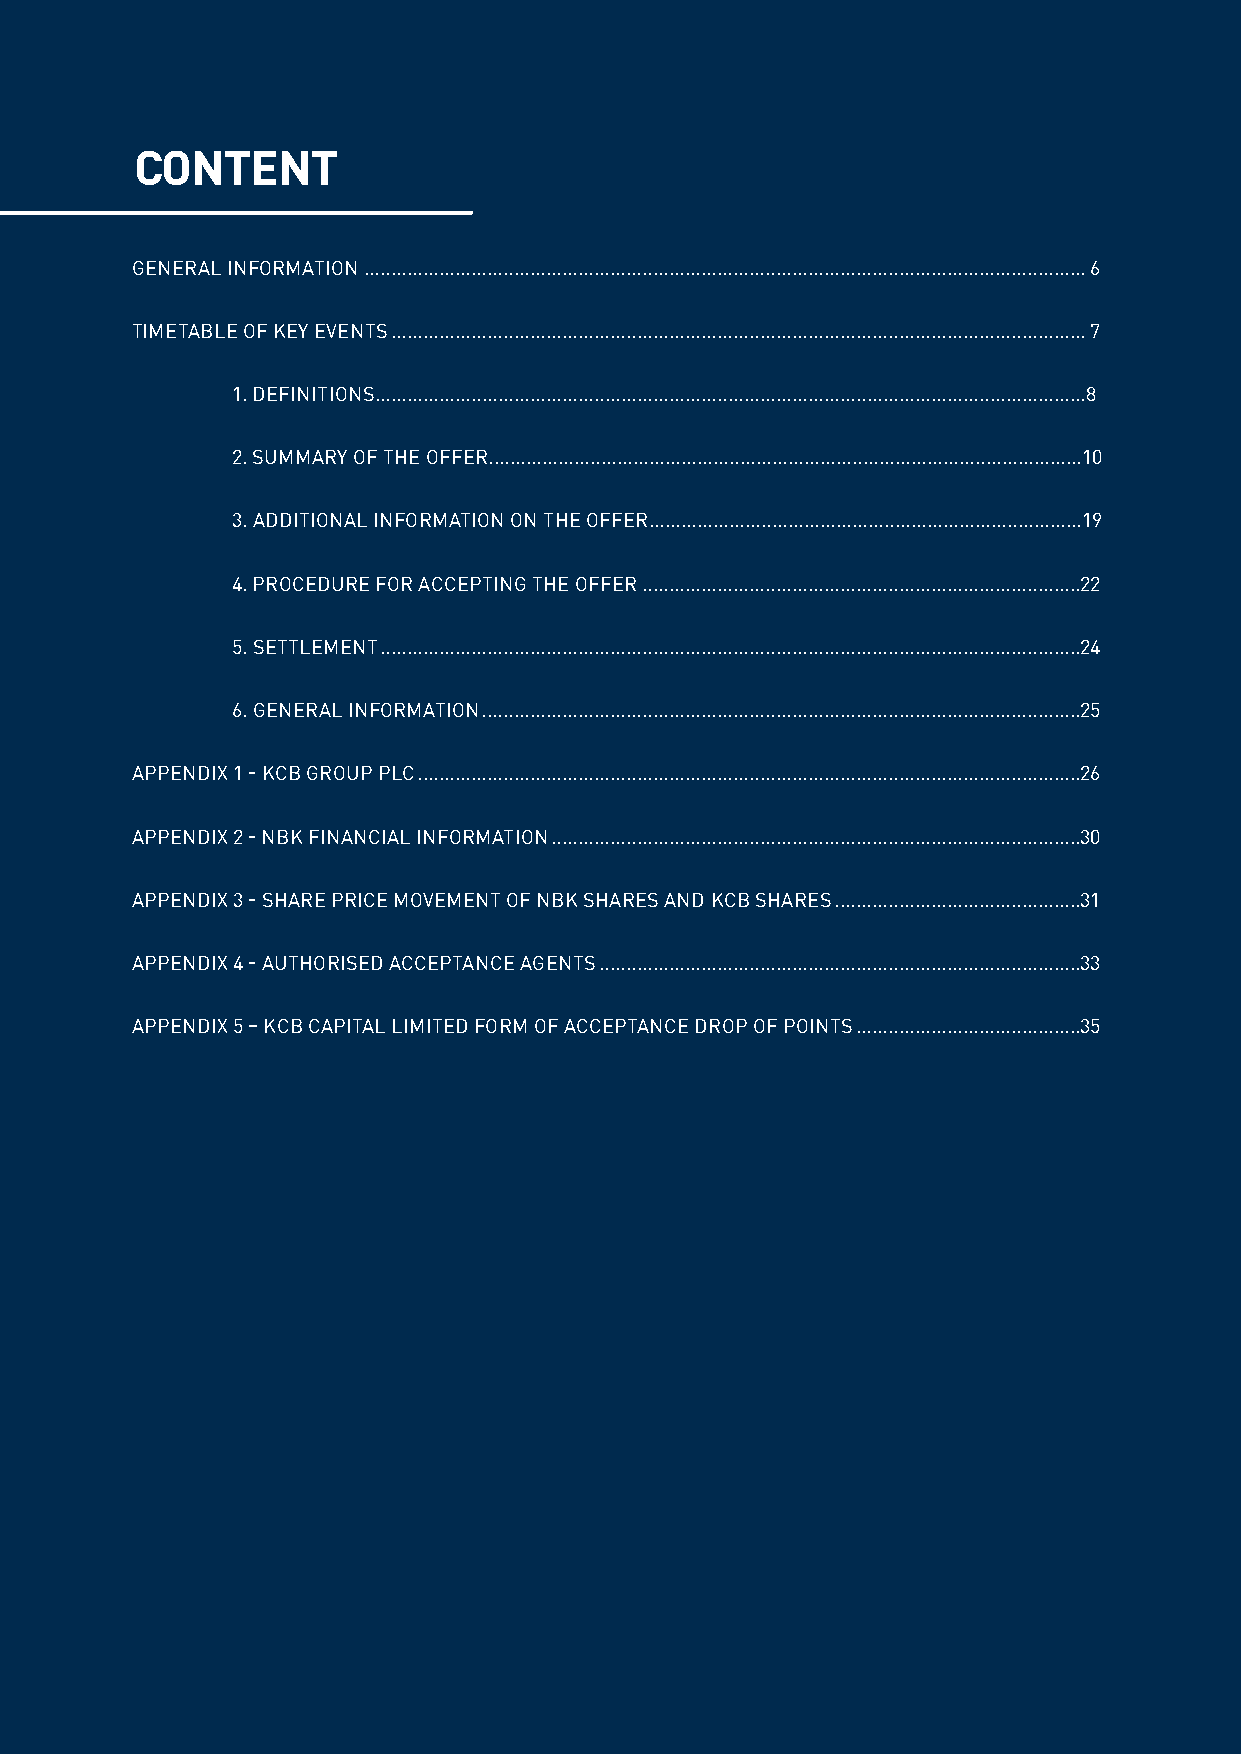
CONTENT
 GENERAL INFORMATION .......................................................................................................................................6
 TIMETABLE OF KEY EVENTS ..................................................................................................................................7
 1. DEFINITIONS.....................................................................................................................................8
 2. SUMMARY OF THE OFFER...............................................................................................................10
 3. ADDITIONAL INFORMATION ON THE OFFER.................................................................................19
 4. PROCEDURE FOR ACCEPTING THE OFFER ..................................................................................22
 5. SETTLEMENT ...................................................................................................................................24
 6. GENERAL INFORMATION ................................................................................................................25
 APPENDIX 1 - KCB GROUP PLC ............................................................................................................................26
 APPENDIX 2 - NBK FINANCIAL INFORMATION ...................................................................................................30
 APPENDIX 3 - SHARE PRICE MOVEMENT OF NBK SHARES AND KCB SHARES ..............................................31
 APPENDIX 4 - AUTHORISED ACCEPTANCE AGENTS ..........................................................................................33
 APPENDIX 5 – KCB CAPITAL LIMITED FORM OF ACCEPTANCE DROP OF POINTS ..........................................35